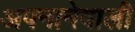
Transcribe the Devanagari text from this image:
अपनानेवाली